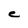
Character: C